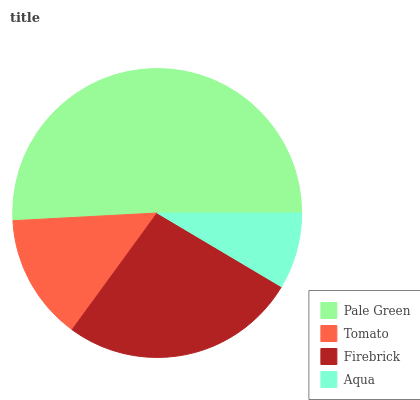
| Pale Green | Tomato | Firebrick | Aqua |
 | --- | --- | --- | --- |
 | 50.8% | 14.1% | 26.6% | 8.53% |